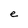
Character: e